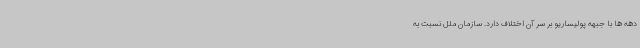
دهه ها با جبهه پولیساریو بر سر آن اختلاف دارد. سازمان ملل نسبت به